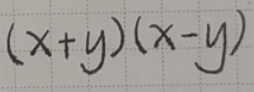
\((x + y)(x - y)\)